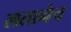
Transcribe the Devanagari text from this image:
लतानेच